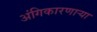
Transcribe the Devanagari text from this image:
अंगिकारणाऱ्या